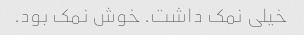
خیلی نمک داشت. خوش نمک بود.